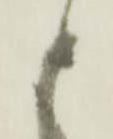
申